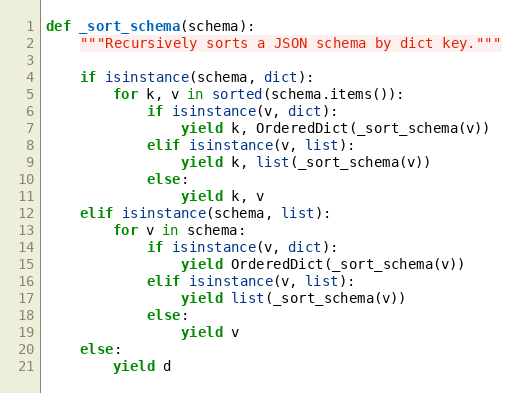
Language: Python
def _sort_schema(schema):
    """Recursively sorts a JSON schema by dict key."""

    if isinstance(schema, dict):
        for k, v in sorted(schema.items()):
            if isinstance(v, dict):
                yield k, OrderedDict(_sort_schema(v))
            elif isinstance(v, list):
                yield k, list(_sort_schema(v))
            else:
                yield k, v
    elif isinstance(schema, list):
        for v in schema:
            if isinstance(v, dict):
                yield OrderedDict(_sort_schema(v))
            elif isinstance(v, list):
                yield list(_sort_schema(v))
            else:
                yield v
    else:
        yield d